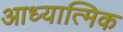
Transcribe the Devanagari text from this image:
आध्‍यात्मिक